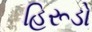
હિરૂડો